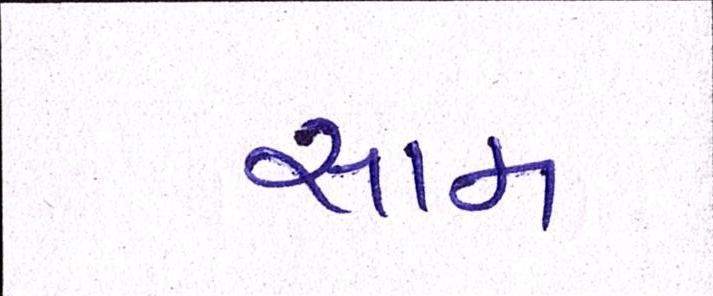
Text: સામ